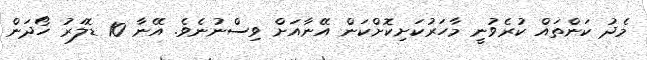
މެދު ކަންތައް ކުރެވުނީ މާހަރުކަށިކޮށްކަން އޭނާއަށް ވިސްނުނެވެ. އޭނާ 10 ޑޮލަރު ހޯދަން